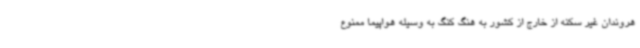
هروندان غیر سکنه از خارج از کشور به هنگ کنگ به وسیله هواپیما ممنوع